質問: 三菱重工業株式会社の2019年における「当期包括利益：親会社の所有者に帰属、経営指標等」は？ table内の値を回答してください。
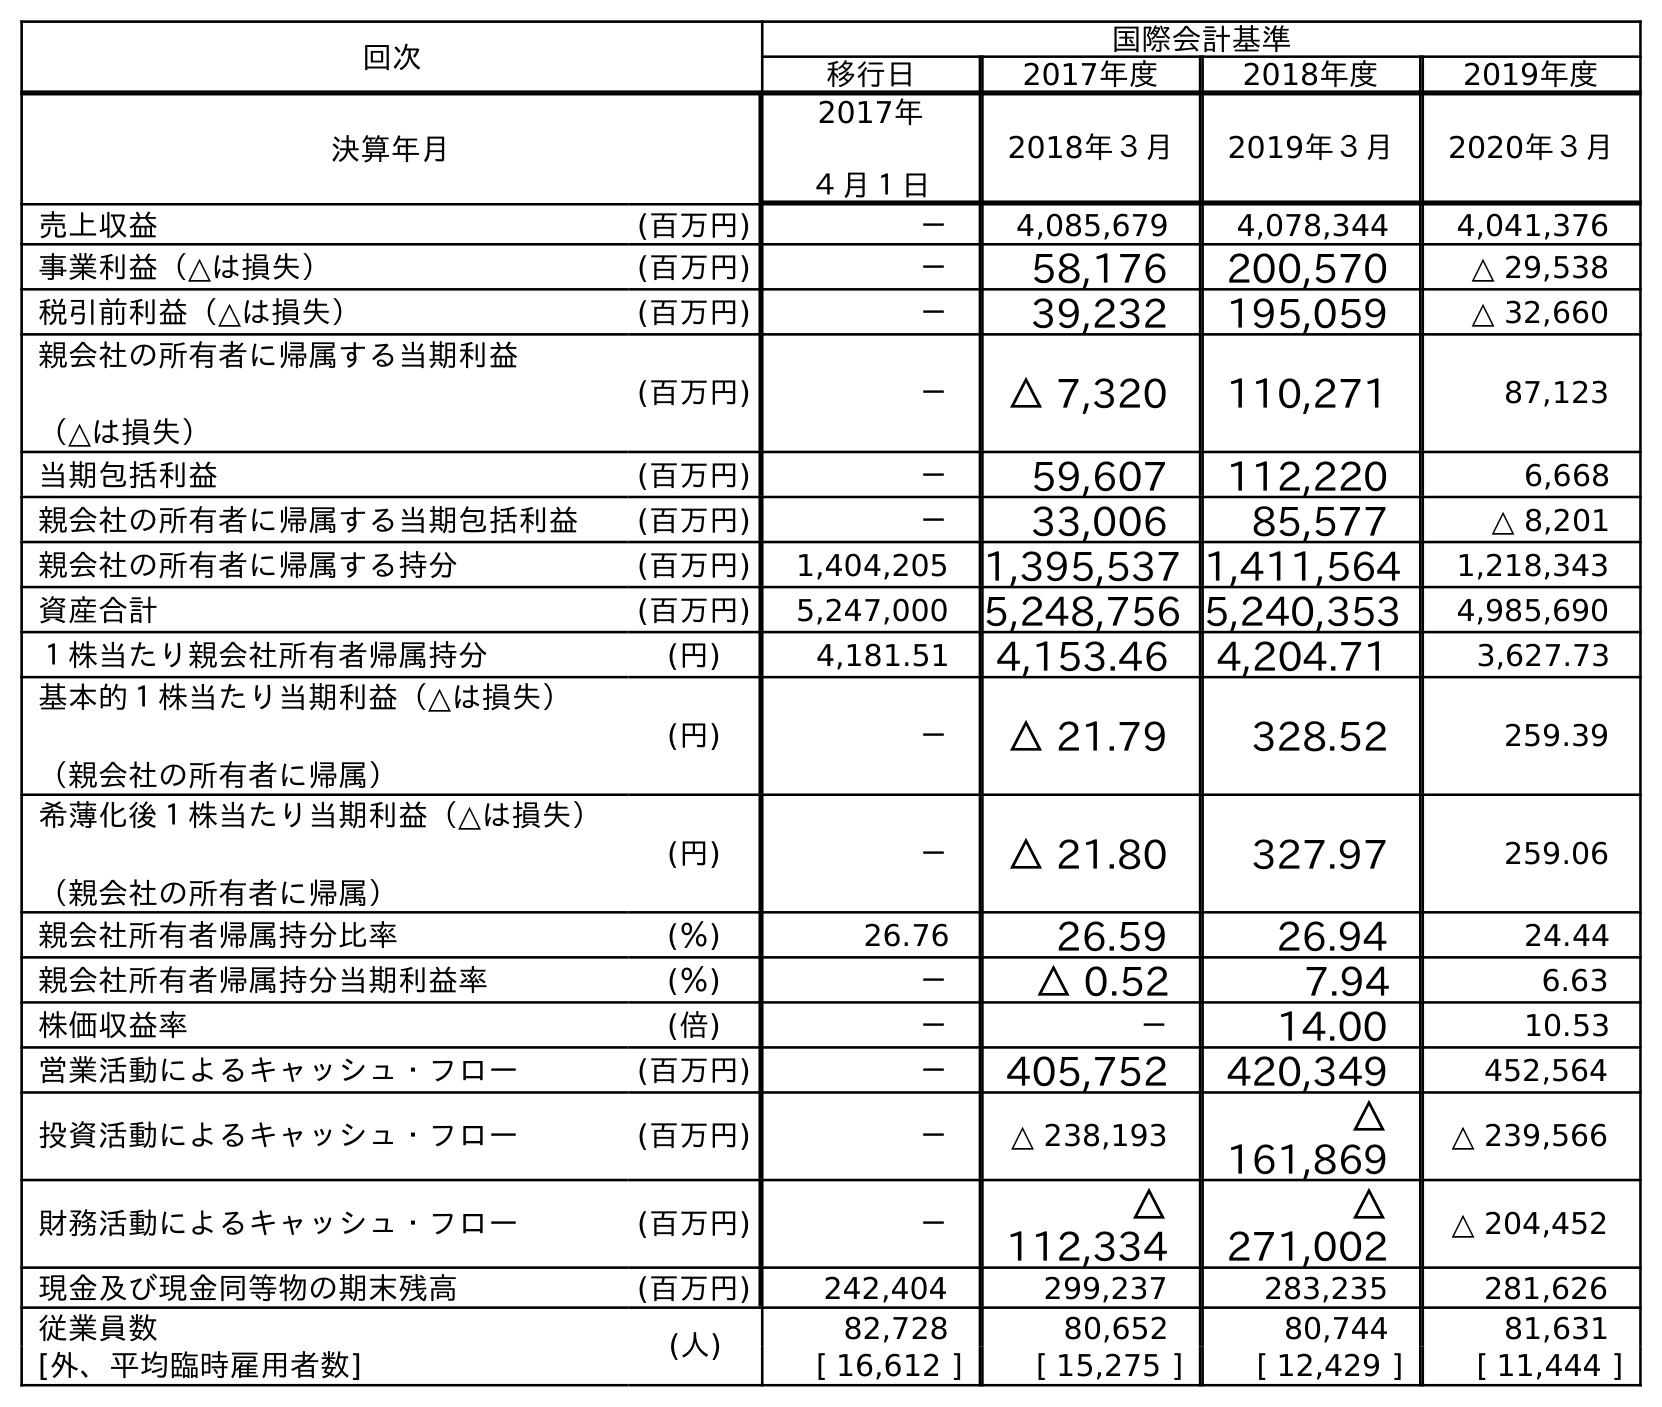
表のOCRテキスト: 回次 国際会計基準 移行日 2017年度 2018年度 2019年度 決算年月 2017年 ４月１日 2018年３月 2019年３月 2020年３月 売上収益 (百万円) － 4,085,679 4,078,344 4,041,376 事業利益（△は損失） (百万円) － 58,176 200,570 △ 29,538 税引前利益（△は損失） (百万円) － 39,232 195,059 △ 32,660 親会社の所有者に帰属する当期利益 （△は損失） (百万円) － △ 7,320 110,271 87,123 当期包括利益 (百万円) － 59,607 112,220 6,668 親会社の所有者に帰属する当期包括利益 (百万円) － 33,006 85,577 △ 8,201 親会社の所有者に帰属する持分 (百万円) 1,404,205 1,395,537 1,411,564 1,218,343 資産合計 (百万円) 5,247,000 5,248,756 5,240,353 4,985,690 １株当たり親会社所有者帰属持分 (円) 4,181.51 4,153.46 4,204.71 3,627.73 基本的１株当たり当期利益（△は損失） （親会社の所有者に帰属） (円) － △ 21.79 328.52 259.39 希薄化後１株当たり当期利益（△は損失） （親会社の所有者に帰属） (円) － △ 21.80 327.97 259.06 親会社所有者帰属持分比率 (％) 26.76 26.59 26.94 24.44 親会社所有者帰属持分当期利益率 (％) － △ 0.52 7.94 6.63 株価収益率 (倍) － － 14.00 10.53 営業活動によるキャッシュ・フロー (百万円) － 405,752 420,349 452,564 投資活動によるキャッシュ・フロー (百万円) － △ 238,193 △ 161,869 △ 239,566 財務活動によるキャッシュ・フロー (百万円) － △ 112,334 △ 271,002 △ 204,452 現金及び現金同等物の期末残高 (百万円) 242,404 299,237 283,235 281,626 従業員数 (人) 82,728 80,652 80,744 81,631 [外、平均臨時雇用者数] [ 16,612 ] [ 15,275 ] [ 12,429 ] [ 11,444 ]
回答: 85,577